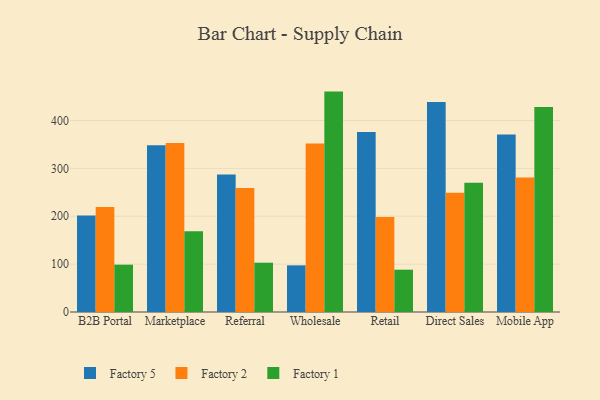
{"axis": {"x": "Channel", "y": "Operating Costs (USD K)"}, "legend": ["Factory 1", "Factory 2", "Factory 5"], "data": [{"x": "B2B Portal", "y": 201.8, "type": "Factory 5"}, {"x": "B2B Portal", "y": 219.2, "type": "Factory 2"}, {"x": "B2B Portal", "y": 98.9, "type": "Factory 1"}, {"x": "Marketplace", "y": 348.6, "type": "Factory 5"}, {"x": "Marketplace", "y": 353.2, "type": "Factory 2"}, {"x": "Marketplace", "y": 168.5, "type": "Factory 1"}, {"x": "Referral", "y": 287.3, "type": "Factory 5"}, {"x": "Referral", "y": 259.2, "type": "Factory 2"}, {"x": "Referral", "y": 103.0, "type": "Factory 1"}, {"x": "Wholesale", "y": 97.5, "type": "Factory 5"}, {"x": "Wholesale", "y": 352.3, "type": "Factory 2"}, {"x": "Wholesale", "y": 460.5, "type": "Factory 1"}, {"x": "Retail", "y": 376.3, "type": "Factory 5"}, {"x": "Retail", "y": 198.4, "type": "Factory 2"}, {"x": "Retail", "y": 88.4, "type": "Factory 1"}, {"x": "Direct Sales", "y": 438.9, "type": "Factory 5"}, {"x": "Direct Sales", "y": 249.1, "type": "Factory 2"}, {"x": "Direct Sales", "y": 269.8, "type": "Factory 1"}, {"x": "Mobile App", "y": 370.8, "type": "Factory 5"}, {"x": "Mobile App", "y": 281.2, "type": "Factory 2"}, {"x": "Mobile App", "y": 428.2, "type": "Factory 1"}]}